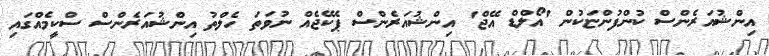
އިންޝުއަރެންސް ކުންފުންޏަކުން 'އޯލްޑް އޭޖް' އިންޝުއަރެންސް ޕެކޭޖެއް ނުވަތަ ހެލްތު އިންޝުއަރެންސް ސްކީމެއްގައި